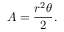
A = { \frac { r ^ { 2 } \theta } { 2 } } .